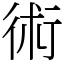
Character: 術